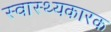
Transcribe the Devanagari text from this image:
स्वास्थ्यकारक